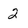
Character: 2